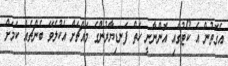
އެގޮތުން އެ ކޯޓުގައި އޮންނާނީ ހަތް ފަނޑިޔާރުންގެ މައްޗަށް އެކުލެވޭ ބެންޗެއް ކަމަށް